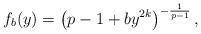
LaTeX: \begin{align*} f_b(y)= \left(p-1+ b y^{2k}\right)^{-\frac{1}{p-1}}, \end{align*}